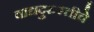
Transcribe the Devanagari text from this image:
वाद्यदुरुस्तीचे